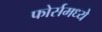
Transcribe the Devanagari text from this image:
फोर्समध्ये